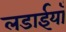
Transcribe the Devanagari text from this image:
लडाईयाँ